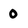
Character: 0